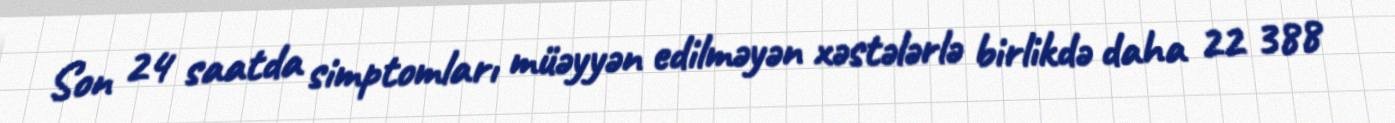
Son 24 saatda simptomları müəyyən edilməyən xəstələrlə birlikdə daha 22 388